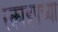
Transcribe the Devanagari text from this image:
स्काइपच्या